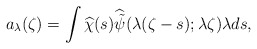
\begin{align*}a_\lambda(\zeta) = \int\widehat{\chi}(s)\widehat{\tilde{\psi}}(\lambda(\zeta-s);\lambda \zeta)\lambda ds,\end{align*}